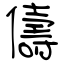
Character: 儔